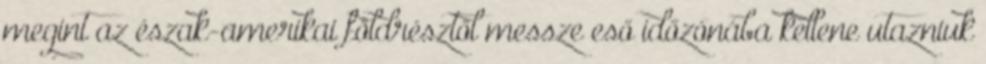
megint az észak-amerikai földrésztől messze eső időzónába kellene utazniuk